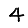
Digit: 4